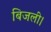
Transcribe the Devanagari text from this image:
बिजली।